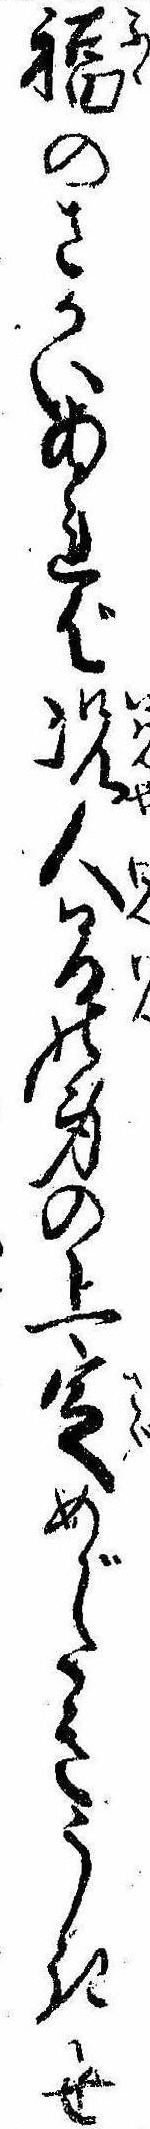
福のさかいあれば況人間の身の上定めがたきうき世